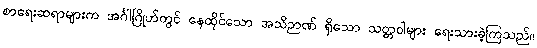
စာရေးဆရာများက အင်္ဂါဂြိုဟ်တွင် နေထိုင်သော အသိဉာဏ် ရှိသော သတ္တဝါများ ရေးသားခဲ့ကြသည်။